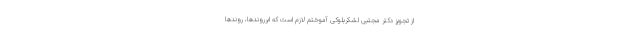
از تجویز دکتر مجتبی لشکربلوکی آموختم لازم است که ابرروندها، روندها